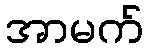
အာမက်